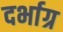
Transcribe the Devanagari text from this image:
दर्भाग्र